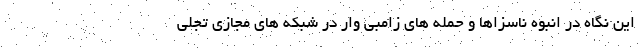
این نگاه در انبوه ناسزاها و حمله های زامبی وار در شبکه های مجازی تجلی